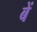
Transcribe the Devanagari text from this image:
बें